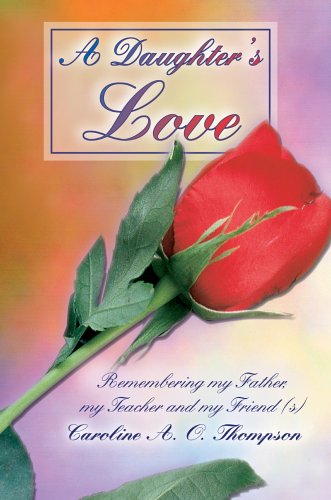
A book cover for A Daughter's Love: Remembering my Father, my Teacher and my Friend (s); Caroline Thompson; Teen & Young Adult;